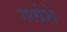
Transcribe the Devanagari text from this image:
गर्लाशे